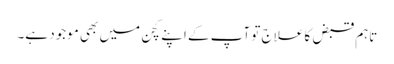
تاہم قبض کا علاج تو آپ کے اپنے کچن میں بھی موجود ہے۔